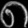
Digit: ၈